Elephants and their diseases
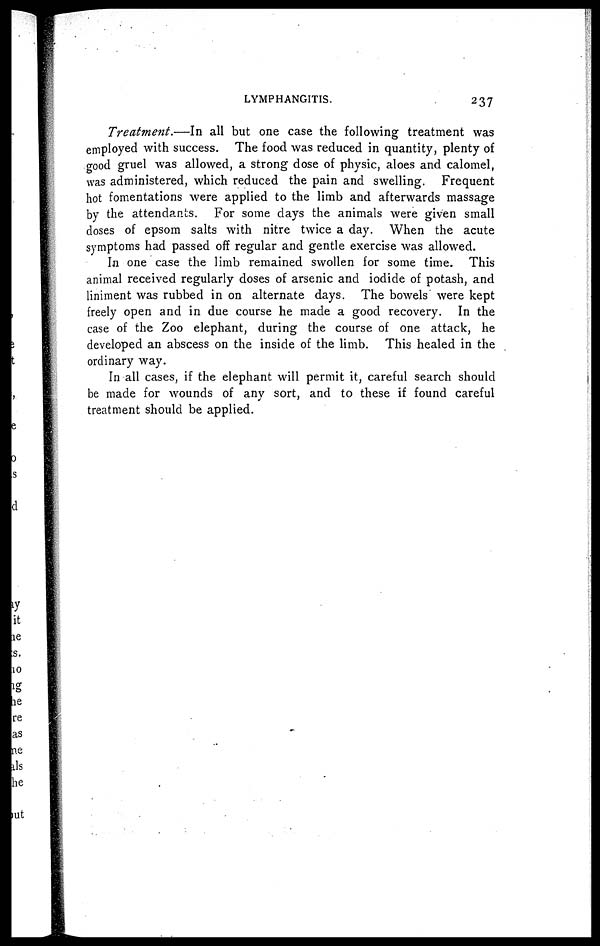
LYMPHANGITIS.
237
Treatment.—In
all but one case the following treatment was
employed with success. The food was reduced in quantity, plenty of
good gruel was allowed, a strong dose of physic, aloes and calomel,
was administered, which reduced the pain and swelling. Frequent
hot fomentations were applied to the limb and afterwards massage
by the attendants. For some days the animals were given small
doses of epsom salts with nitre twice a day. When the acute
symptoms had passed off regular and gentle exercise was allowed.
In one case the limb remained swollen for some time. This
animal received regularly doses of arsenic and iodide of potash, and
liniment was rubbed in on alternate days. The bowels were kept
freely open and in due course he made a good recovery. In the
case of the Zoo elephant, during the course of one attack, he
developed an abscess on the inside of the limb. This healed in the
ordinary way.
In all cases, if the elephant will permit it, careful search should
be made for wounds of any sort, and to these if found careful
treatment should be applied.